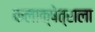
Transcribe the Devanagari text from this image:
कलाक्षेत्राला